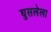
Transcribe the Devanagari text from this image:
घुसलेला